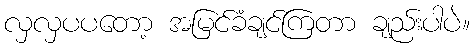
လှလှပပတော့ အမြင်ခံချင်ကြတာ ချည်းပါပဲ။